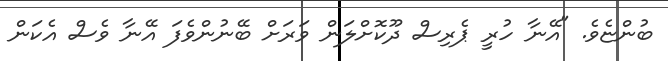
ބުންޏެވެ. "އޭނާ ހުރީ ޕެރިސް ދޫކޮށްލަން ވަރަށް ބޭނުންވެފަ އޭނާ ވެސް އެކަން